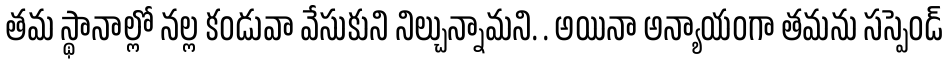
తమ స్థానాల్లో నల్ల కండువా వేసుకుని నిల్చున్నామని. . అయినా అన్యాయంగా తమను సస్పెండ్